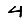
Digit: 4